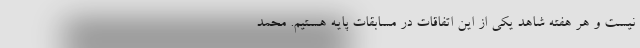
نیست و هر هفته شاهد یکی از این اتفاقات در مسابقات پایه هستیم. محمد